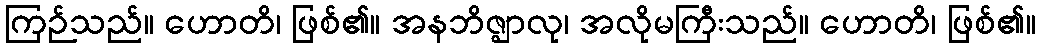
ကြဉ်သည်။ ဟောတိ၊ ဖြစ်၏။ အနဘိဇ္ဈာလု၊ အလိုမကြီးသည်။ ဟောတိ၊ ဖြစ်၏။